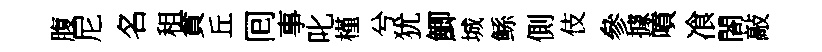
腹尼名租貪丘囘事叱槿兮犹鯽城鲧側伎參據噴飡閤敲